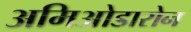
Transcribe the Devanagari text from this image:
अमिओडारोन